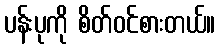
ပန်းပုကို စိတ်ဝင်စားတယ်။